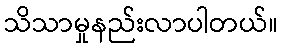
သိသာမှုနည်းလာပါတယ်။